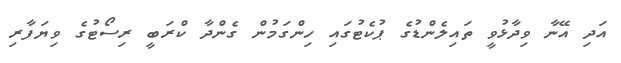
އަދި އޭނާ ވިދާޅުވީ ތައިލެންޑުގެ ޕުކެޓުގައި ހިންގަމުން ގެންދާ ކްރަބީ ރިސޯޓުގެ ވިޔަފާރި